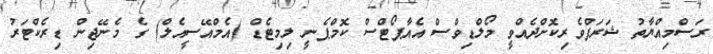
ރަސްމިއްޔާތު ޝަރަފްވެރިކޮށްދެއްވީ މޯލްޑިވްސް އެއާޕޯޓްސް ކޮމްޕެނީ ލިމިޓެޑް (އެމްއޭސީއެލް) ގެ މެނޭޖިން ޑިރެކްޓަރު